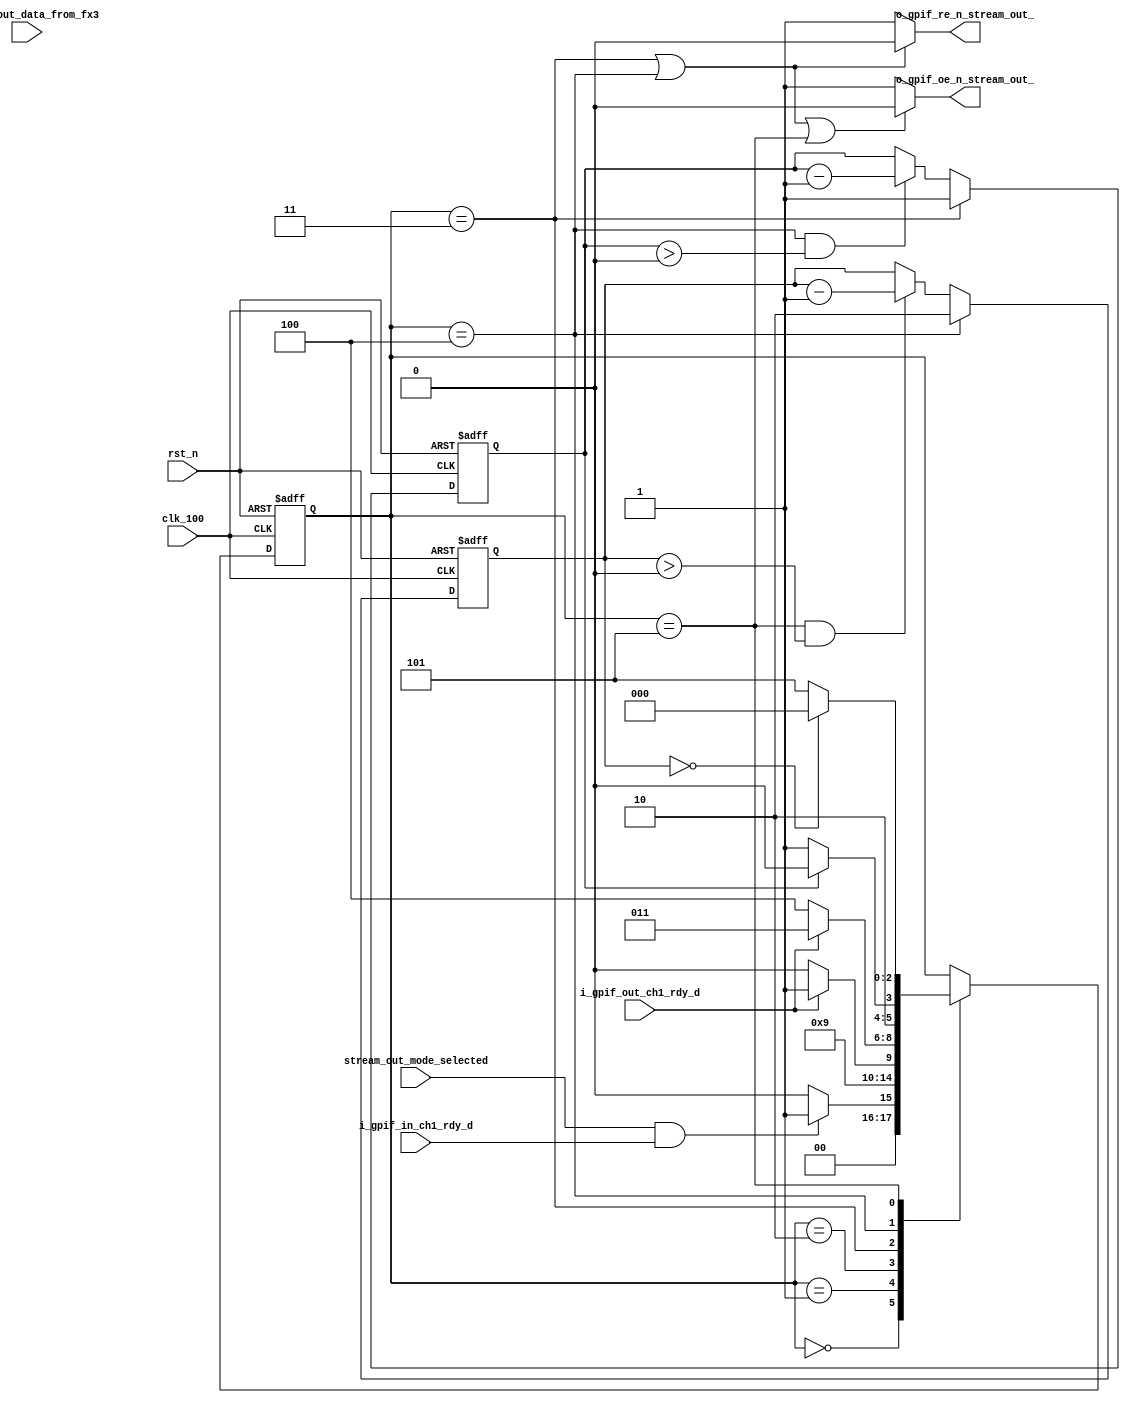
module prometheus_fx3_stream_out(
	input  rst_n,
	input  clk_100,
	input  stream_out_mode_selected,
	input  i_gpif_in_ch1_rdy_d,
	input  i_gpif_out_ch1_rdy_d,
	input  [31:0]stream_out_data_from_fx3,
	output o_gpif_re_n_stream_out_,
	output o_gpif_oe_n_stream_out_
);


reg [2:0]current_stream_out_state;
reg [2:0]next_stream_out_state;

//parameters for StreamOUT mode state machine
parameter [2:0] stream_out_idle                   = 3'd0;
parameter [2:0] stream_out_flagc_rcvd             = 3'd1;
parameter [2:0] stream_out_wait_flagd             = 3'd2;
parameter [2:0] stream_out_read                   = 3'd3;
parameter [2:0] stream_out_read_rd_and_oe_delay   = 3'd4;
parameter [2:0] stream_out_read_oe_delay          = 3'd5;

reg [1:0] oe_delay_cnt;
reg rd_oe_delay_cnt;


assign o_gpif_re_n_stream_out_ = ((current_stream_out_state == stream_out_read) | (current_stream_out_state == stream_out_read_rd_and_oe_delay)) ? 1'b0 : 1'b1;
assign o_gpif_oe_n_stream_out_ = ((current_stream_out_state == stream_out_read) | (current_stream_out_state == stream_out_read_rd_and_oe_delay) | (current_stream_out_state == stream_out_read_oe_delay)) ? 1'b0 : 1'b1;

//counter to delay the read and output enable signal
always @(posedge clk_100, negedge rst_n)begin
	if(!rst_n)begin
		rd_oe_delay_cnt <= 1'b0;
	end else if(current_stream_out_state == stream_out_read) begin
		rd_oe_delay_cnt <= 1'b1;
        end else if((current_stream_out_state == stream_out_read_rd_and_oe_delay) & (rd_oe_delay_cnt > 1'b0))begin
		rd_oe_delay_cnt <= rd_oe_delay_cnt - 1'b1;
	end else begin
		rd_oe_delay_cnt <= rd_oe_delay_cnt;
	end
end

//Counter to delay the OUTPUT Enable(oe) signal
always @(posedge clk_100, negedge rst_n)begin
	if(!rst_n)begin
		oe_delay_cnt <= 2'd0;
	end else if(current_stream_out_state == stream_out_read_rd_and_oe_delay) begin
		oe_delay_cnt <= 2'd2;
        end else if((current_stream_out_state == stream_out_read_oe_delay) & (oe_delay_cnt > 1'b0))begin
		oe_delay_cnt <= oe_delay_cnt - 1'b1;
	end else begin
		oe_delay_cnt <= oe_delay_cnt;
	end
end

//stream_out mode state machine
always @(posedge clk_100, negedge rst_n)begin
	if(!rst_n)begin
		current_stream_out_state <= stream_out_idle;
	end else begin
		current_stream_out_state <= next_stream_out_state;
	end
end

//steamOUT mode state machine combo
always @(*)begin
	next_stream_out_state = current_stream_out_state;
	case(current_stream_out_state)
	stream_out_idle:begin
		if((stream_out_mode_selected) & (i_gpif_in_ch1_rdy_d == 1'b1))begin
			next_stream_out_state = stream_out_flagc_rcvd;
		end else begin
			next_stream_out_state = stream_out_idle;
		end
	end
        stream_out_flagc_rcvd:begin
		next_stream_out_state = stream_out_wait_flagd;
	end
	stream_out_wait_flagd:begin
		if(i_gpif_out_ch1_rdy_d == 1'b1)begin
			next_stream_out_state = stream_out_read;
		end else begin
			next_stream_out_state = stream_out_wait_flagd;
		end
	end
        stream_out_read :begin
                if(i_gpif_out_ch1_rdy_d == 1'b0)begin
			next_stream_out_state = stream_out_read_rd_and_oe_delay;
		end else begin
			next_stream_out_state = stream_out_read;
		end
	end
	stream_out_read_rd_and_oe_delay : begin
		if(rd_oe_delay_cnt == 0)begin
			next_stream_out_state = stream_out_read_oe_delay;
		end else begin
			next_stream_out_state = stream_out_read_rd_and_oe_delay;
		end
	end
        stream_out_read_oe_delay : begin
		if(oe_delay_cnt == 0)begin
			next_stream_out_state = stream_out_idle;
		end else begin
			next_stream_out_state = stream_out_read_oe_delay;
		end
	end
	endcase
end

endmodule